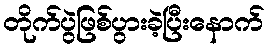
တိုက်ပွဲဖြစ်ပွားခဲ့ပြီးနောက်